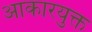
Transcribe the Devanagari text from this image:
आकारयुक्त